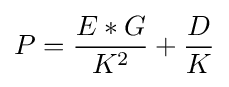
P={\frac {E*G}{K^{2}}}+{\frac {D}{K}}